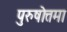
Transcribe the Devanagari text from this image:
पुरुषोत्तमा